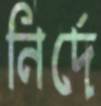
নির্দে